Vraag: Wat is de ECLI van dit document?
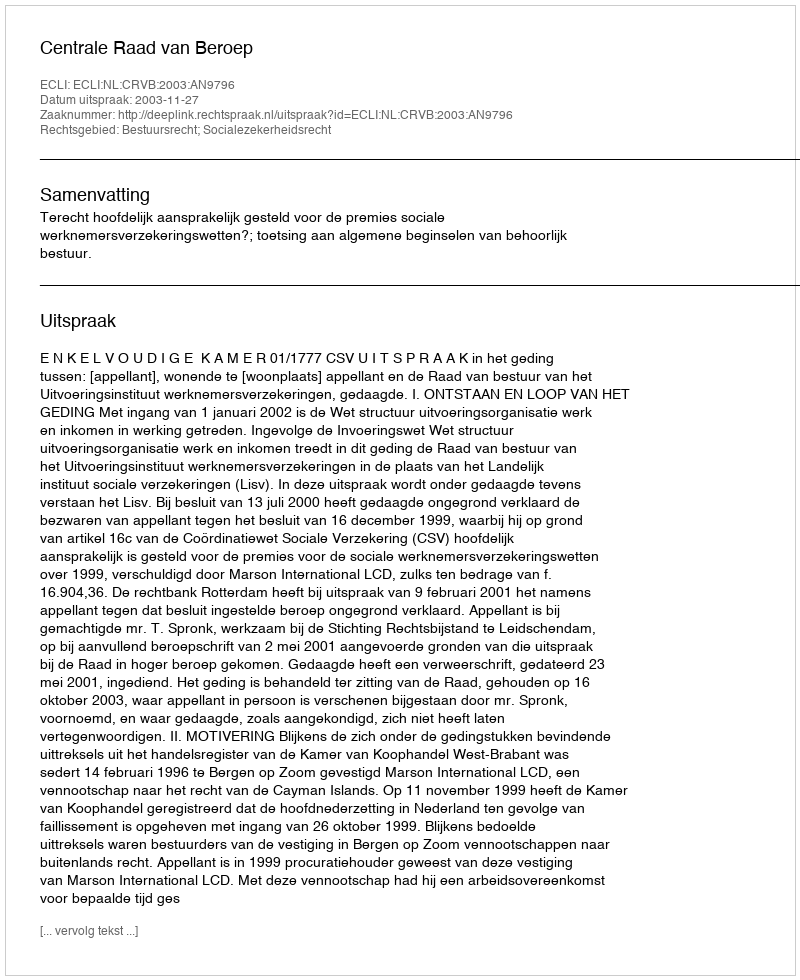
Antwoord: ECLI:NL:CRVB:2003:AN9796